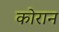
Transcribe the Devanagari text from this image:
कोरान